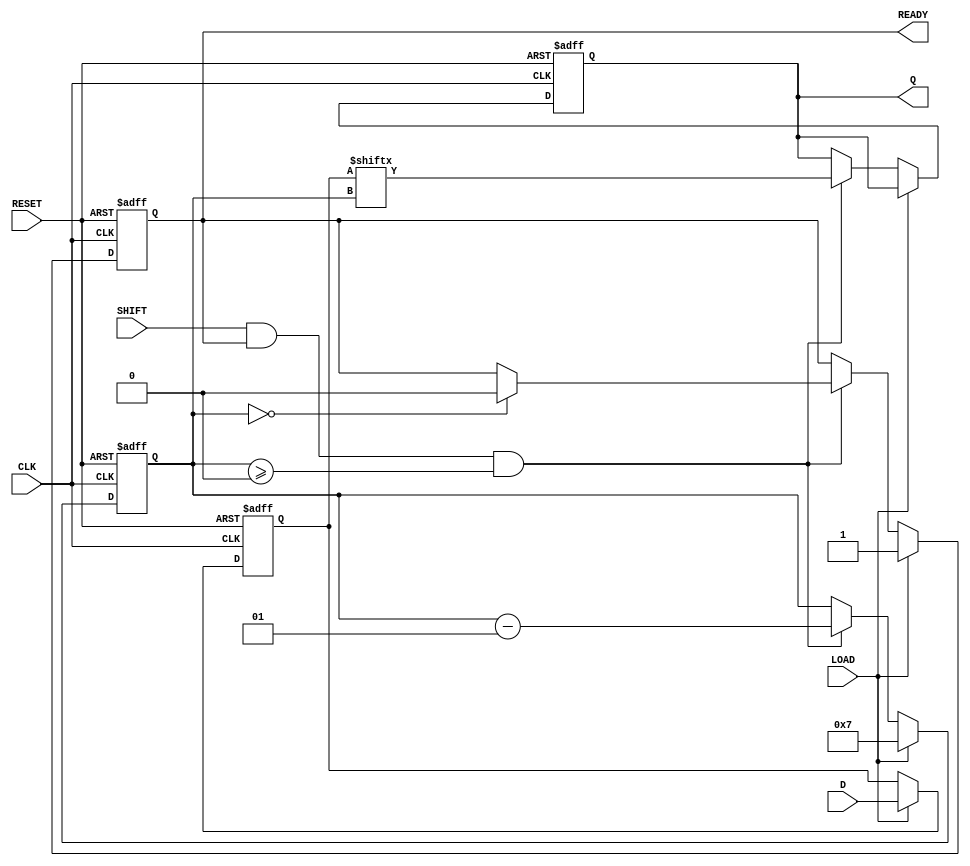
module PISO_Register #(
    parameter WIDTH = 8 // Width of the data input
)(
    input wire [WIDTH-1:0] D,      // Parallel data input
    input wire LOAD,                // Load control signal
    input wire CLK,                 // Clock signal
    input wire SHIFT,               // Shift control signal
    input wire RESET,               // Asynchronous reset signal
    output reg Q,                   // Serial output
    output reg READY                // Data ready signal
);

    reg [WIDTH-1:0] data_reg;      // Internal storage for parallel data
    integer bit_count;              // Bit counter for shifting
    
    always @(posedge CLK or posedge RESET) begin
        if (RESET) begin
            data_reg <= 0;          // Clear the data register
            Q <= 0;                 // Clear output
            READY <= 0;             // Clear ready signal
            bit_count <= 0;         // Reset bit counter
        end else if (LOAD) begin
            data_reg <= D;          // Load parallel data to the register
            READY <= 1;             // Assert data ready signal
            bit_count <= WIDTH - 1; // Start with the MSB ready to shift
        end else if (SHIFT && READY && bit_count >= 0) begin
            Q <= data_reg[bit_count]; // Shift out the current MSB
            bit_count <= bit_count - 1; // Move to the next bit
            if (bit_count == 0) begin
                READY <= 0;        // Deactivate ready signal after shifting out
            end
        end
    end

endmodule